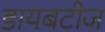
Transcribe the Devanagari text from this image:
डायबटीज